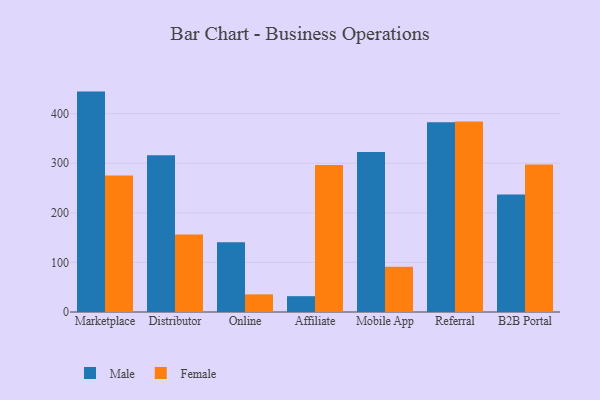
{"axis": {"x": "Channel", "y": "Tickets Resolved"}, "legend": ["Female", "Male"], "data": [{"x": "Marketplace", "y": 444.5, "type": "Male"}, {"x": "Marketplace", "y": 275.2, "type": "Female"}, {"x": "Distributor", "y": 316.0, "type": "Male"}, {"x": "Distributor", "y": 156.3, "type": "Female"}, {"x": "Online", "y": 140.6, "type": "Male"}, {"x": "Online", "y": 35.6, "type": "Female"}, {"x": "Affiliate", "y": 31.9, "type": "Male"}, {"x": "Affiliate", "y": 296.6, "type": "Female"}, {"x": "Mobile App", "y": 322.7, "type": "Male"}, {"x": "Mobile App", "y": 91.1, "type": "Female"}, {"x": "Referral", "y": 382.7, "type": "Male"}, {"x": "Referral", "y": 384.4, "type": "Female"}, {"x": "B2B Portal", "y": 236.9, "type": "Male"}, {"x": "B2B Portal", "y": 297.7, "type": "Female"}]}